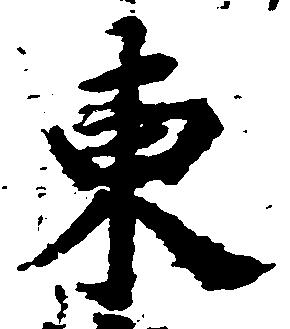
東